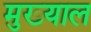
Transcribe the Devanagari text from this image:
मुख्याल